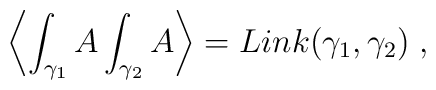
\left\langle \int_{\gamma _1}A\int_{\gamma _2}A\right\rangle =Link(\gamma_1,\gamma _2)\;,